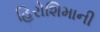
હિરોશિમાની